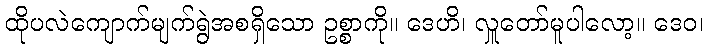
ထိုပလဲကျောက်မျက်ရွဲအစရှိသော ဥစ္စာကို။ ဒေဟိ၊ လှူတော်မူပါလော့။ ဒေဝ၊